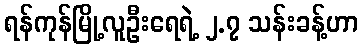
ရန်ကုန်မြို့လူဦးရေရဲ့ ၂.၇ သန်းခန့်ဟာ